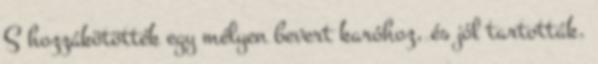
S hozzákötötték egy mélyen bevert karóhoz, és jól tartották.